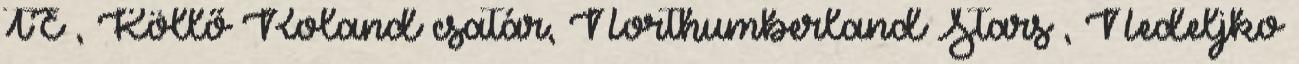
TE , Köllő Roland csatár, Northumberland Stars , Nedeljko